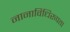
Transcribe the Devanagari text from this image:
नानाविधिरूपता